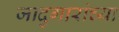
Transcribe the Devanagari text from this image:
जादुगारांच्या